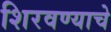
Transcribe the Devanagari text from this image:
शिरवण्याचे